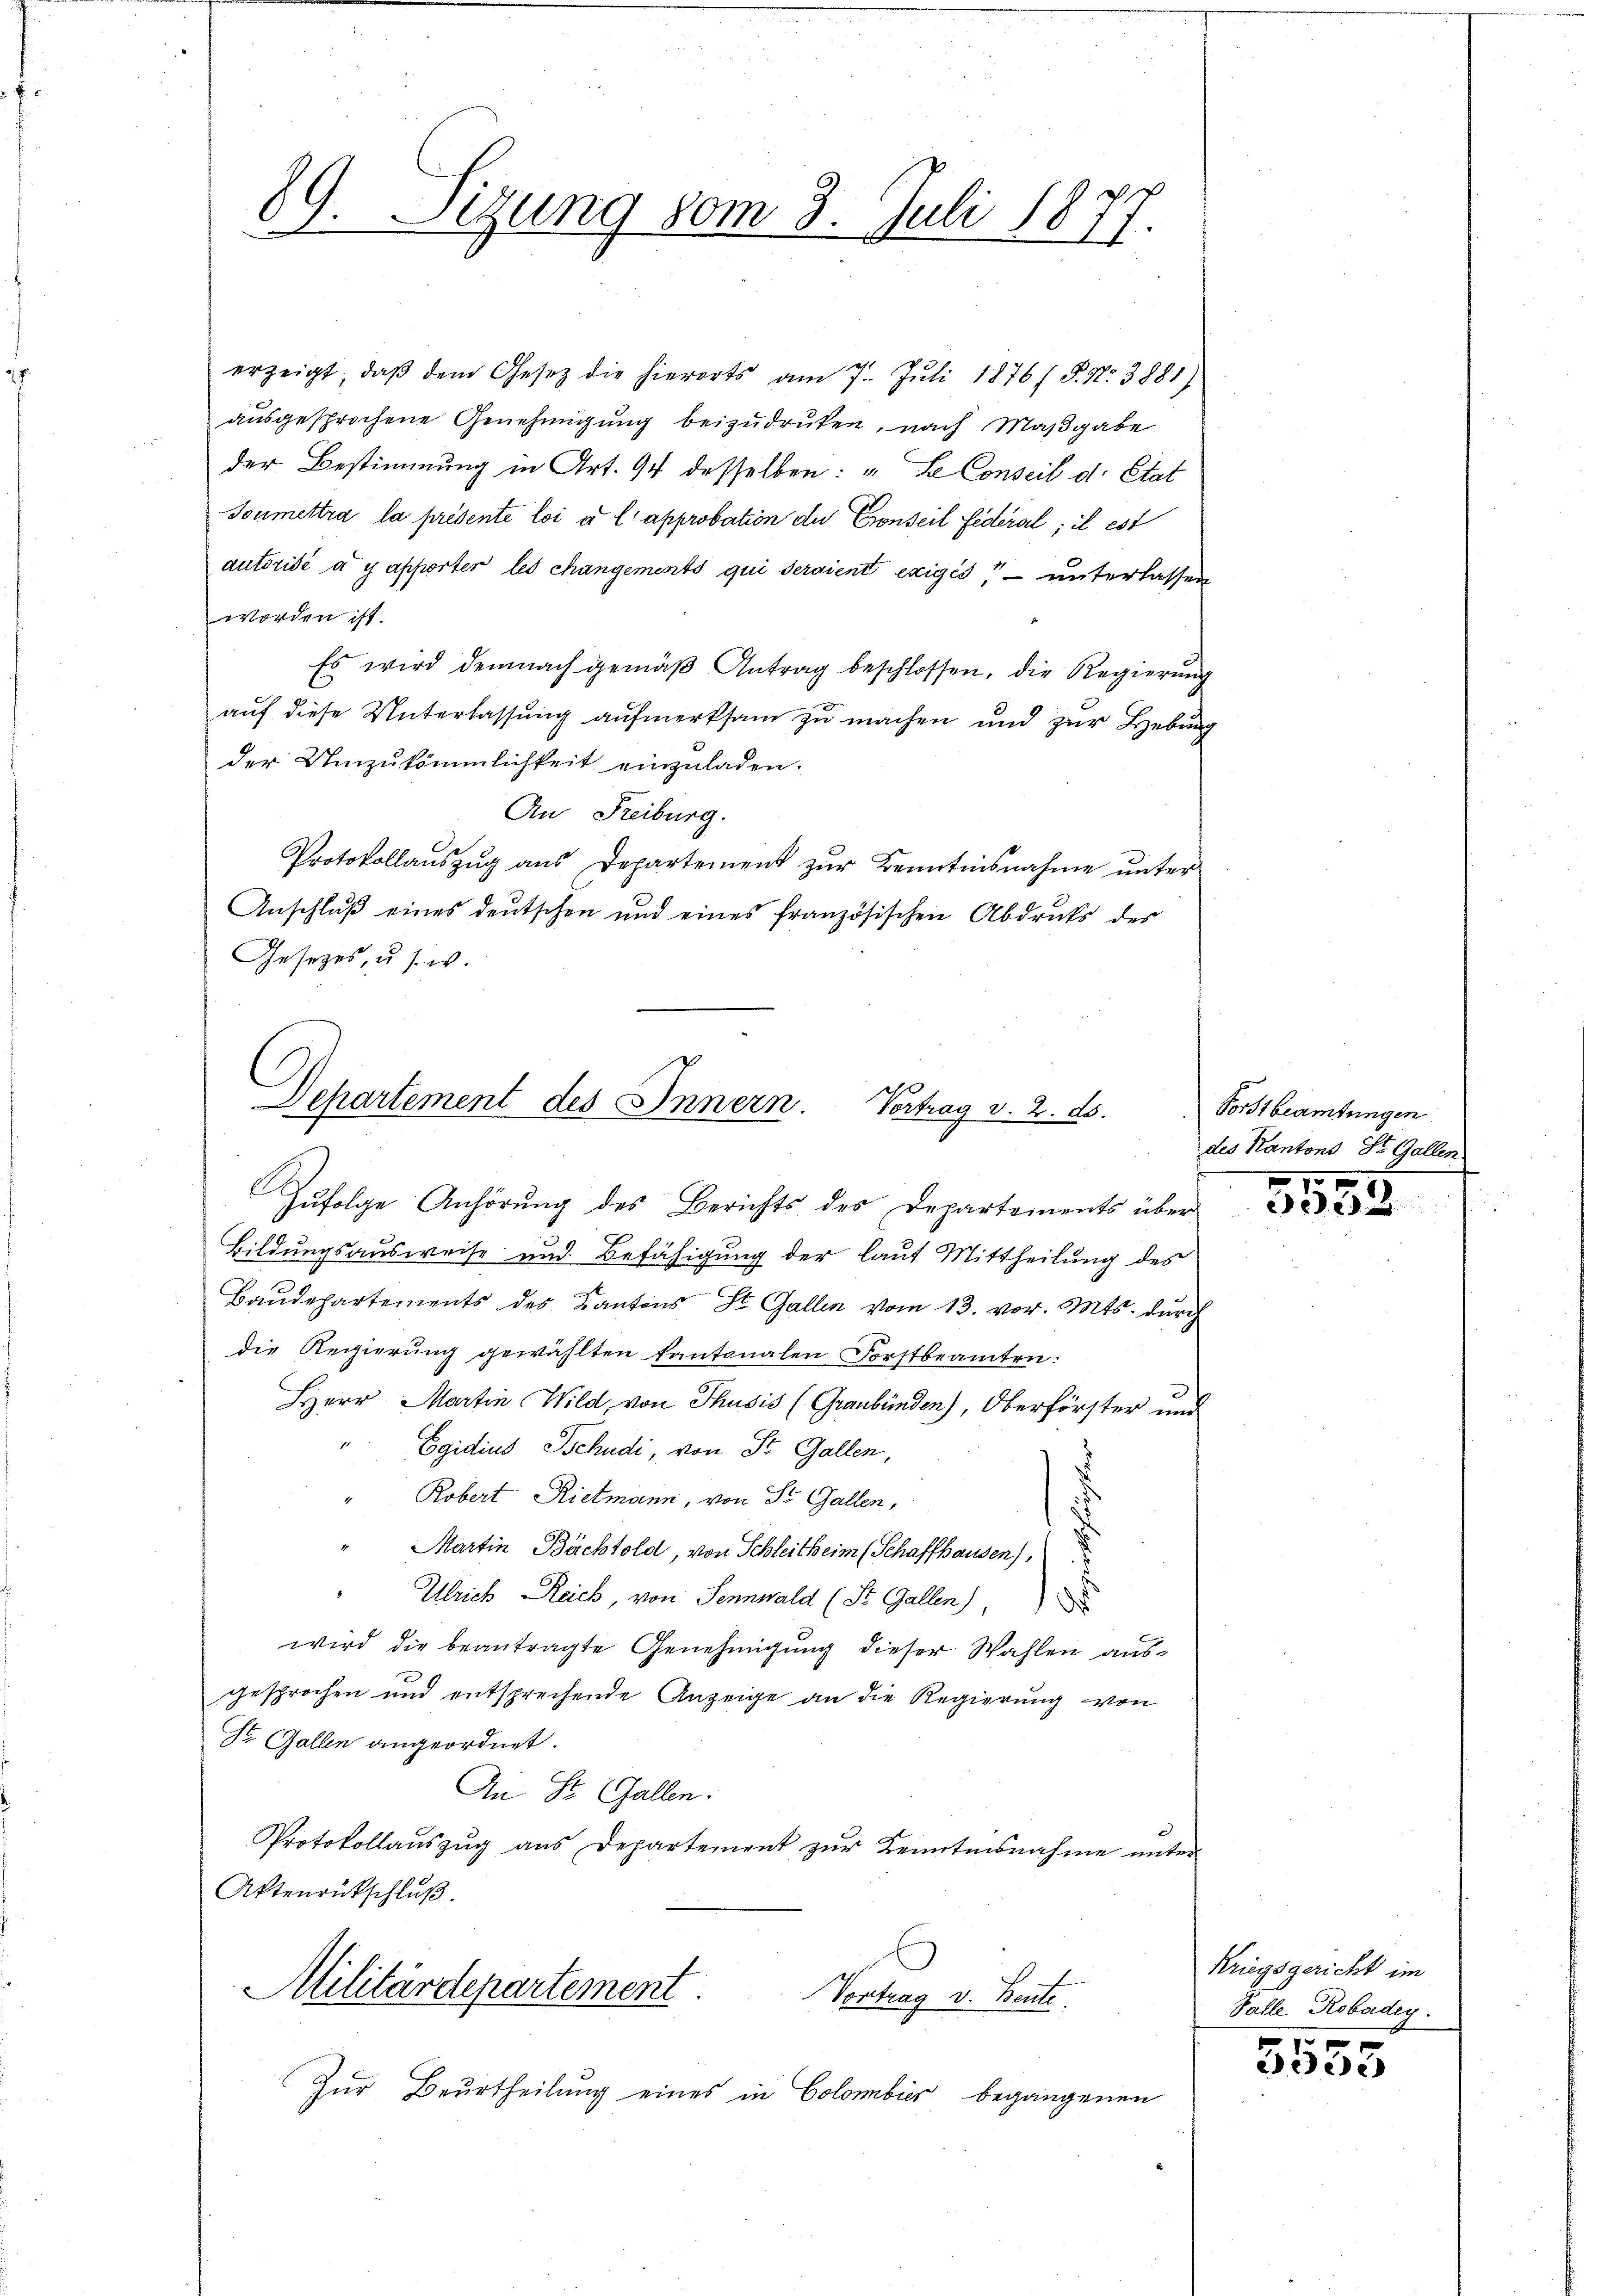
.
9. Sitzung 80m 3. Juli 1877.

erzeigt, daβ dem Gesetz die hierorts am 7. Jŭli 1876/ P. Nr. 3881)
ausgesprochene Genehmigung beizudrüken, nach Maßgabe
der Bestimmung in Art. 94 desselben: „Le Conseil d. Etat
Toumettra la présente loi er l’approbation de Conseil Federal; il est
autorisé à y apporter les changements qui seraient exigés, — unterlassen
worden ist.
Es wird demnach gemäβ Antrag beschlossen, die Regierŭng
auf diese Unterlassung aufmerksam zu machen und zur Hebung
der Unzukömmlichkeit einzuladen.
An Freiburg.
Protokollaŭszŭg aŭs Departement zŭr Kenntnisnahme ŭnter
Anschlŭβ eines deutschen und eines französischen Abdrucks der
Gesetzes, u. s. w.

Departement des Innern. Vortrag v. 2. ds.

Zufolge Anhörung des Berichts des Departements über
Bildungsausweise und Befähigung der laut Mittheilung des
Baudepartements des Kantons St. Gallen vom 13. vor. Mts. durch
die Regierung gewählten Kantonalen Forstbeamten:
Herr Martin Wild, von Thusis (Graubünden), Oberförster und
Egidius Schudi, von St. Gallen,
Robert Rietmann, von St. Gallen,
Martin Bächtold, von Schleitheim (Schaffhausen),
Ulrich Reich von Sennwald (St. Gallen)
wird die beantragte Genehmigung dieser Wahlen ausgesprochen und entsprechende Anzeige an die Regierung von
Dr. Gallen angeordnet.
An St. Gallen.
Protokollauszug aus Departement zur Kenntnisnahme unter
Aktenrückschlŭβ
Militärdepartement
Vortrag v. Bente.
Zur Beurtheilung eines in Colombier begangenen

Vorstbeamtungen
des Kantons St. Gallen.
g

eere

Kriegsgericht im
Falle Robadey.

x
e